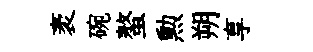
袤碗螯勲朔享